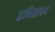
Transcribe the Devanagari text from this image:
हरिदासां